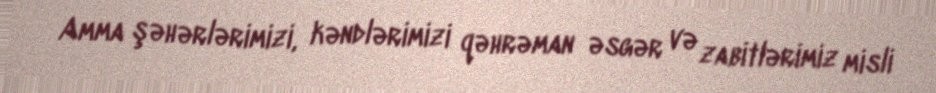
Amma şəhərlərimizi, kəndlərimizi qəhrəman əsgər və zabitlərimiz misli